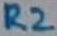
Text: R2